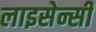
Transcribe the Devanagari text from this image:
लाइसेन्सी